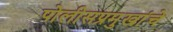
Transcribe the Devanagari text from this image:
पोलीसप्रमुखांचे